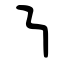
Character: ㇎